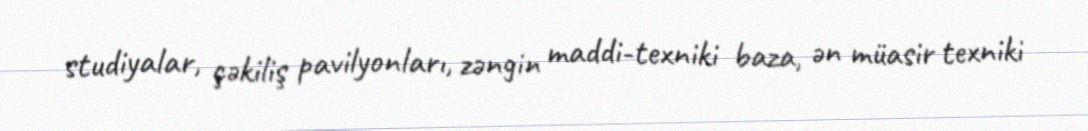
studiyalar, çəkiliş pavilyonları, zəngin maddi-texniki baza, ən müasir texniki